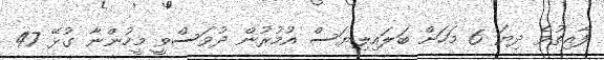
ފާއިތުވެ ދިޔަ 6 މަހަށް ބަލައިލިޔަސް އުމުރުން ދުވަސްވީ މީހުންނާ ގުޅޭ 47